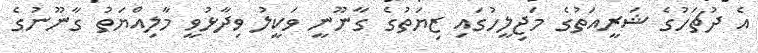
އެ ދުޗަހުގެ ޝަރީއަތުގެ މަޖިލީހުގައި ޒިޔަތުގެ ގާނޫނީ ވަކީލު ވިދާޅުވީ މާލިއްޔަތު ގާނޫނުގެ